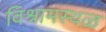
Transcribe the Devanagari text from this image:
विश्रामस्थळ